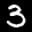
Label: 3